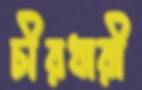
চীরধারী